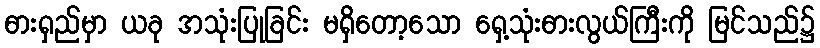
ဓားရှည်မှာ ယခု အသုံးပြုခြင်း မရှိတော့သော ရှေ့သုံးဓားလွယ်ကြီးကို မြင်သည်၌